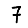
Digit: 7